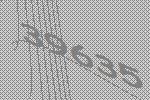
39635